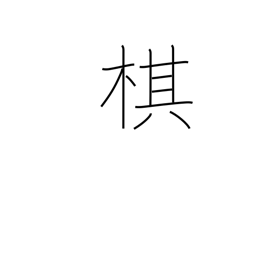
Meaning: chess piece